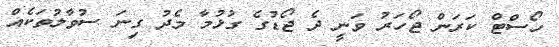
ހޯސްޓް ކަރަން ޖޯހަރު ވަނީ ދެ ޖޯޑުގެ ގުޅުމާ މެދު ގިނަ ސުވާލުތަކެއް